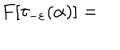
LaTeX: F [ \tau _ { - \varepsilon } ( \alpha ) ] =